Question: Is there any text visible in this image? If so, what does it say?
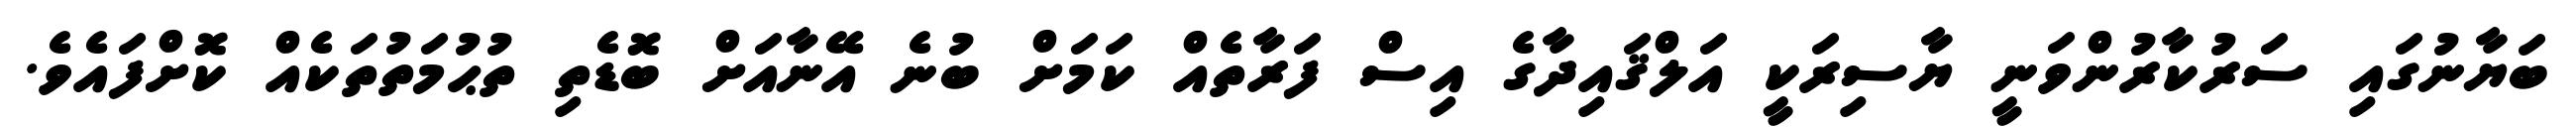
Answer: ބަޔާނުގައި ސަރުކާރުންވަނީ ޔާސިރަކީ އަލްޤައިދާގެ އިސް ފަރާތެއް ކަމަށް ބުނެ އޭނާއަށް ބޮޑެތި ތުޙުމަތުތަކެއް ކޮށްފައެވެ.